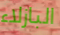
البازلاء